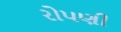
રોપણી